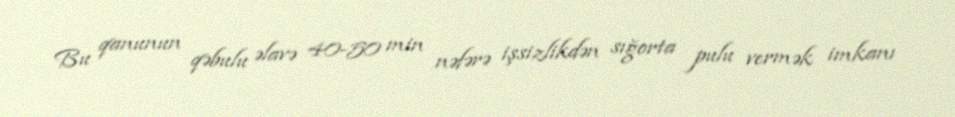
Bu qanunun qəbulu əlavə 40-50 min nəfərə işsizlikdən sığorta pulu vermək imkanı